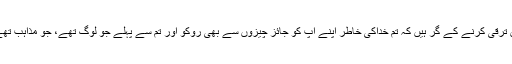
فرمایا کہ یہی ایمان اور تقویٰ میں ترقی کرنے کے گُر ہیں کہ تم خداکی خاطر اپنے آپ کو جائز چیزوں سے بھی روکو اور تم سے پہلے جو لوگ تھے، جو مذاہب تھے ان سب میں روزوں کا حکم تھا۔